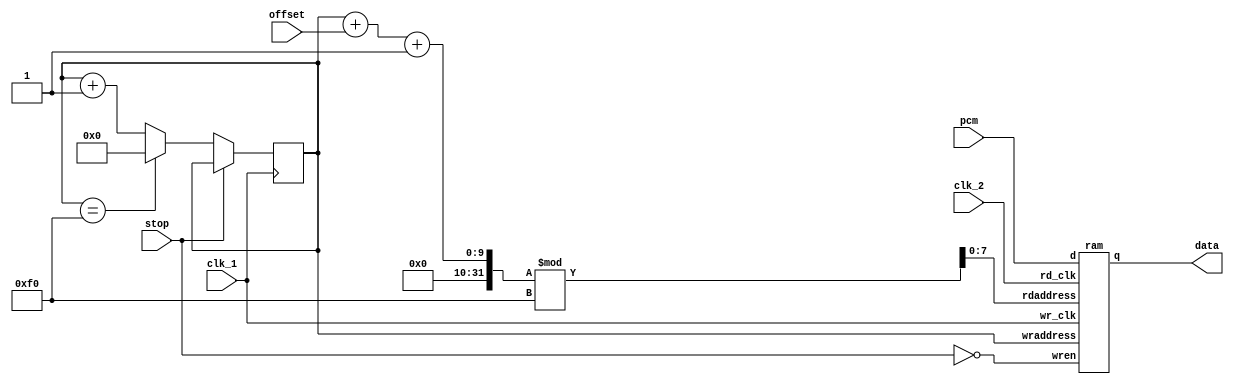
/******************************************************************************
 * Circular data buffer
 * IN  Audio data
 * IN  Stop trigger
 * PARAM length (window_size + max_deviation * 2)
 *   clock in data until stop trigger
 *****************************************************************************/
 
module circular_data_buffer(clk_1, clk_2, pcm, stop, offset, data);

	parameter LENGTH = 240;

	input						clk_1, clk_2;
	input signed [15:0]	pcm;
	input						stop;

	input  [7:0]			offset;
	output [15:0]			data;
	
	reg [7:0] 				write_position;

	wire [7:0]				read_address;
	wire						wren;
	
	assign wren = !stop;

	assign read_address = ( write_position + offset + 1 ) % LENGTH;
	
	ram buffer_memory (
		.wr_clk			(clk_1),
		.rd_clk			(clk_2),
		.d					(pcm),
		.rdaddress		(read_address),
		.wraddress		(write_position),
		.wren				(wren),
		.q					(data)
	);

	initial
	begin
		write_position <= 0;
	end
	
	always @(posedge clk_1)
	begin

		if(!stop)
		begin

			if(write_position == LENGTH)
			begin
				write_position <= 0;
			end
			else
			begin
				write_position <= write_position + 1;
			end

		end

	end

endmodule

module ram(wr_clk, rd_clk, d, rdaddress, wraddress, wren, q);

	output reg [15:0] q;
	input [15:0] d;
	input [7:0] wraddress, rdaddress;
	input wren, wr_clk, rd_clk;

	reg [15:0] mem [0:255];
	integer i;

	always @ (posedge wr_clk) begin

		if (wren)
		begin
			mem[wraddress] <= d;
		end

	end

	always @ (posedge rd_clk) begin

		q <= mem[rdaddress];

	end
	
endmodule
 
module circular_data_buffer_testbench();

	reg			clk;
	reg [15:0]	pcm;
	reg			stop;
	reg [7:0]   offset;

	wire [15:0] data;
	
	circular_data_buffer DUT(clk, clk, pcm, stop, offset, data);
 
	initial
	begin
		clk = 0; pcm = 0; stop = 0; offset = 0;
	end
 
	always @(posedge clk)
	begin

		pcm <= pcm + 1;

		if(pcm == 300)
		begin
			stop <= 1;
		end
		else if(pcm > 300)
		begin

			offset <= offset + 1;

		end
		
		if(pcm == 400)
		begin
			$finish;
		end
	
	end

	always
	begin
		#5   clk = ~clk;
	end

endmodule